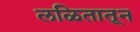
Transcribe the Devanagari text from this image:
लळितातून